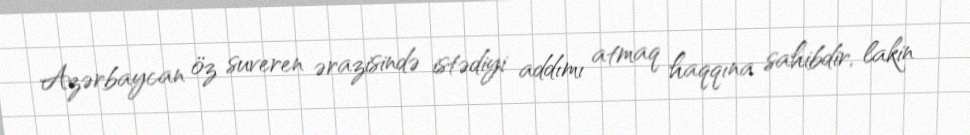
Azərbaycan öz suveren ərazisində istədiyi addımı atmaq haqqına sahibdir, lakin